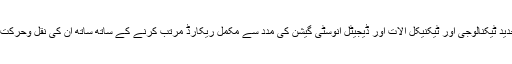
جس سے صوبے کی تاریخ میں پہلی مرتبہ جرائم پیشہ افراد کاجدید ٹیکنالوجی اور ٹیکنیکل آلات اور ڈیجیٹل انوسٹی گیشن کی مدد سے مکمل ریکارڈ مرتب کرنے کے ساتھ ساتھ اُن کی نقل وحرکت پرنظر رکھنے اور جرائم پر قابو پانے کے لیے مفید ثابت ہوگا۔